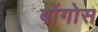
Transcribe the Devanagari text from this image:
बोंगोस